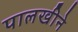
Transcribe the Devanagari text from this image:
पालखीने